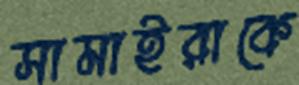
সামাইরাকে